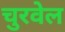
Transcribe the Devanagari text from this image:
चुरवेल